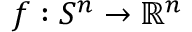
f : S ^ { n } \to \mathbb { R } ^ { n }